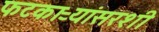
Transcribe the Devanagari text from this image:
फटकाऱ्यांसरशी